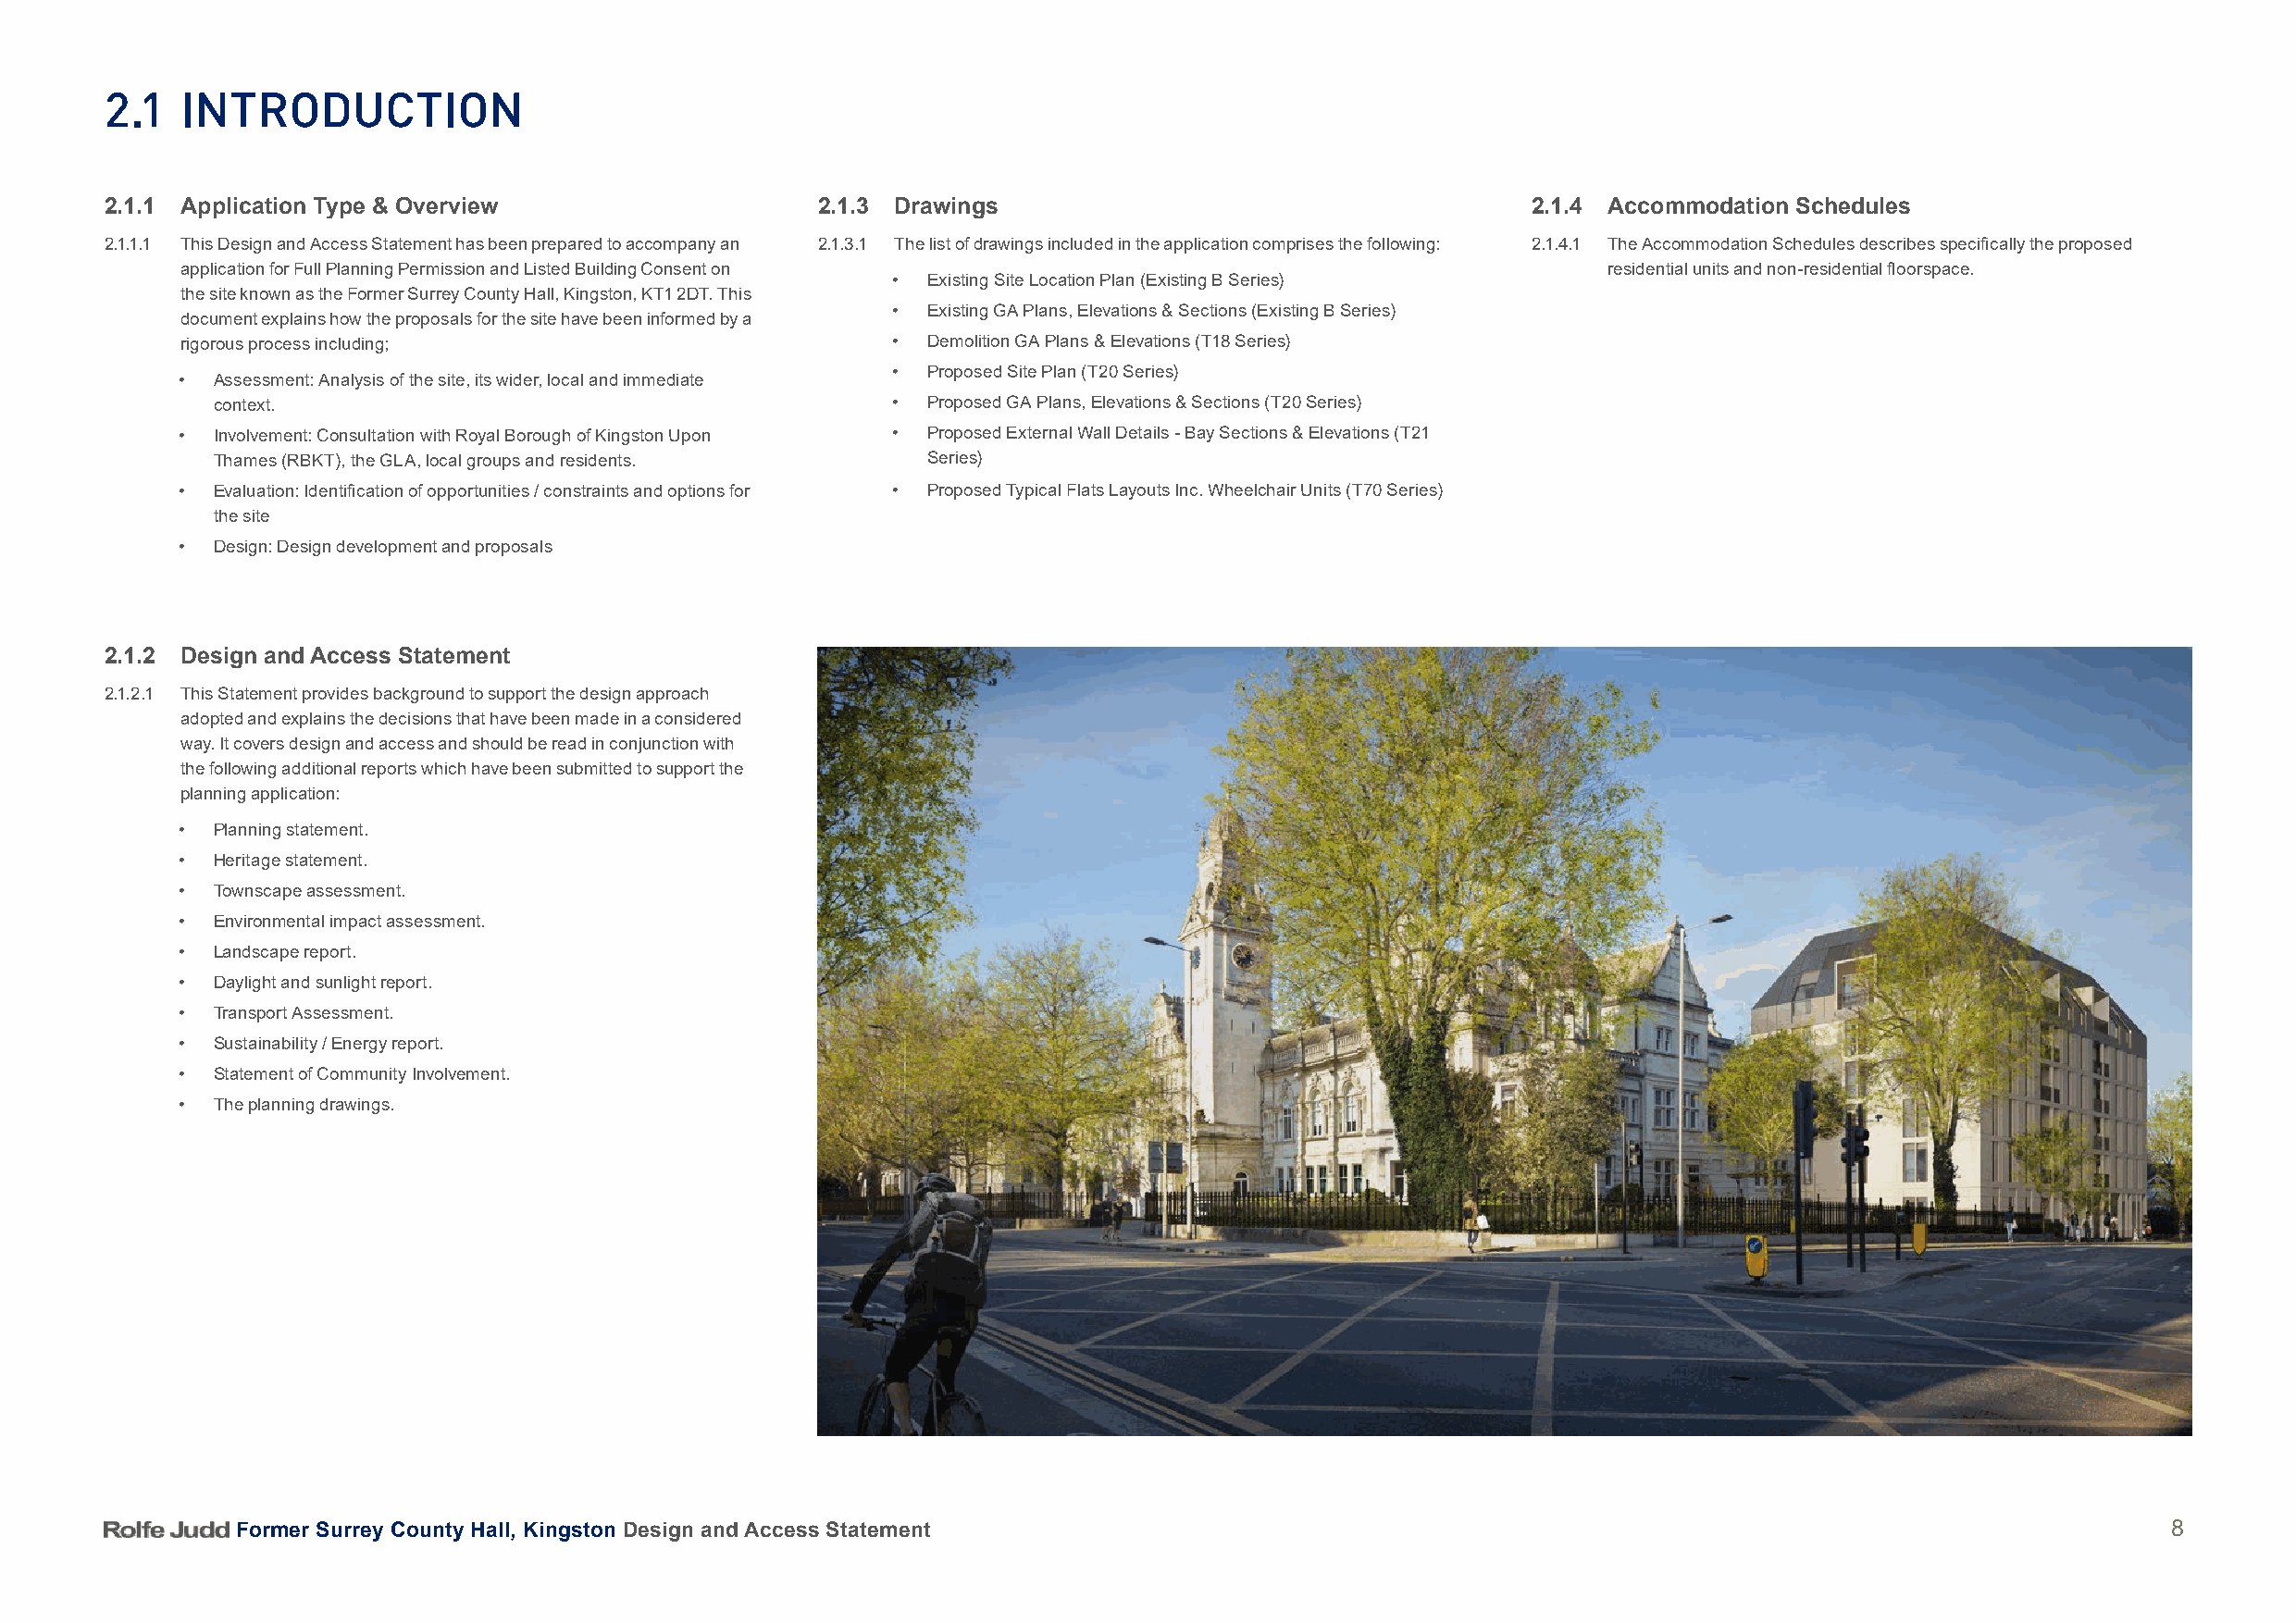
2.1   introDuCtion
 2.1.1 Application Type & Overview                  2.1.3 Drawings                                      2.1.4 Accommodation Schedules
 2.1.1.1 This Design and Access Statement has been prepared to accompany an 2.1.3.1 The list of drawings included in the application comprises the following: 2.1.4.1 The Accommodation Schedules describes specifically the proposed
 application for Full Planning Permission and Listed Building Consent on                               residential units and non-residential floorspace.
 • Existing Site Location Plan (Existing B Series)
 the site known as the Former Surrey County Hall, Kingston, KT1 2DT. This
 • Existing GA Plans, Elevations & Sections (Existing B Series)
 document explains how the proposals for the site have been informed by a
 rigorous process including;                        • Demolition GA Plans & Elevations (T18 Series)
 • Proposed Site Plan (T20 Series)
 • Assessment: Analysis of the site, its wider, local and immediate
 context.                                         • Proposed GA Plans, Elevations & Sections (T20 Series)
 • Involvement: Consultation with Royal Borough of Kingston Upon • Proposed External Wall Details - Bay Sections & Elevations (T21
 Thames (RBKT), the GLA, local groups and residents. Series)
 • Evaluation: Identification of opportunities / constraints and options for • Proposed Typical Flats Layouts Inc. Wheelchair Units (T70 Series)
 the site
 • Design: Design development and proposals
 2.1.2 Design and Access Statement
 2.1.2.1 This Statement provides background to support the design approach
 adopted and explains the decisions that have been made in a considered
 way. It covers design and access and should be read in conjunction with
 the following additional reports which have been submitted to support the
 planning application:
 • Planning statement.
 • Heritage statement.
 • Townscape assessment.
 • Environmental impact assessment.
 • Landscape report.
 • Daylight and sunlight report.
 • Transport Assessment.
 • Sustainability / Energy report.
 • Statement of Community Involvement.
 • The planning drawings.
 Former Surrey County Hall, Kingston Design and Access Statement                                                                           8